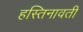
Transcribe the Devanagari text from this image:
हस्तिनावती